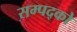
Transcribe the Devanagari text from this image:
सम्पद्को